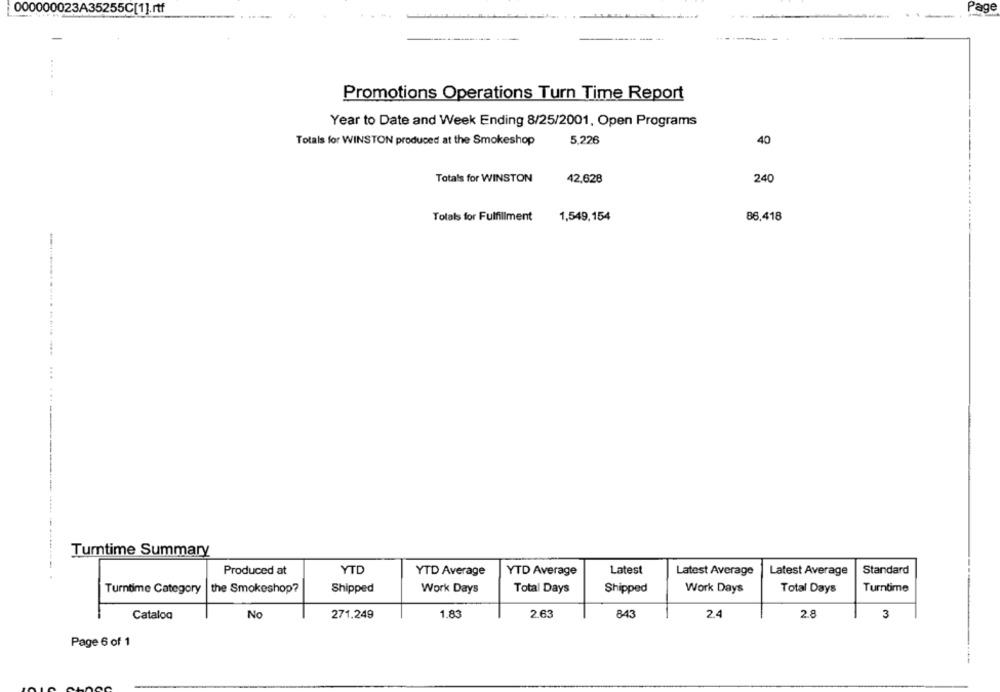
000000023A35255C[1].rtf
Page
-
--
....
Promotions Operations Turn Time Report
Year to Date and Week Ending 8/25/2001, Open Programs
Totals for WINSTON produced at the Smokeshop
5,226
40
Totals for WINSTON
42,628
240
Tolals for Fulfillment
1,549,154
86,418
...
Turntime Summary
Produced at
YTD
YTD Average
YTD Average
Latest
Latest Average
Latest Average
Standard
the Smokeshop?
Shipped
Shipped
Turntime
Turntime Category
Work Days
Total Days
Work Days
Total Days
Cataloa
No
271.249
1.83
2.63
843
24
2.8
3
Page 6 of 1